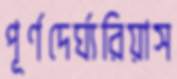
পূর্ণদের্ঘ্যরিয়াস